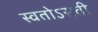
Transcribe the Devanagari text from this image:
स्वतोऽसती